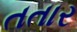
તતાર